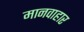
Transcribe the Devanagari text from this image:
मानवाहार